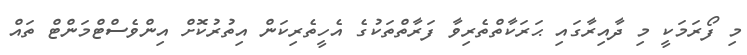
މި ފޯރަމަކީ މި ދާއިރާގައި ޙަރަކާތްތެރިވާ ފަރާތްތަކުގެ އެހީތެރިކަން އިތުރުކޮށް އިންވެސްޓްމަންޓް ތައް